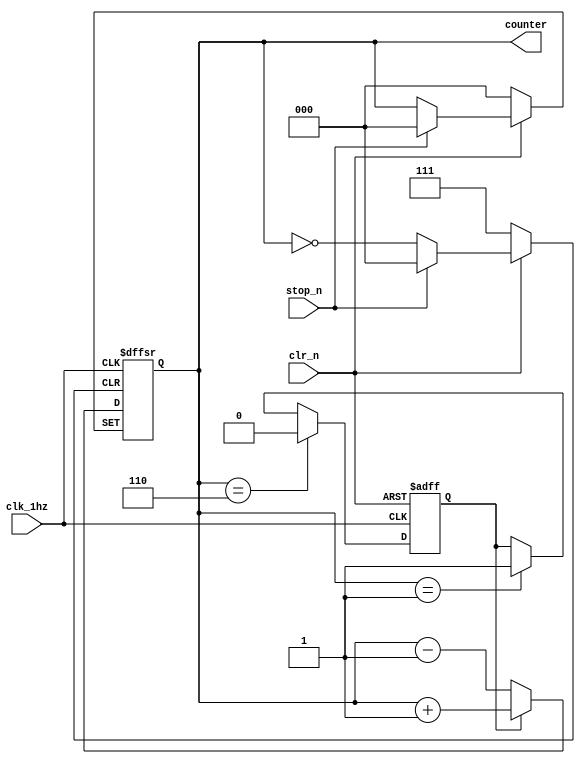
module  counter_auto(
    input clr_n ,
    input stop_n ,
	input clk_1hz,
    output reg [2:0] counter 
);
reg flag ; 

always @(posedge clk_1hz or negedge clr_n) begin
    if(clr_n == 1'b0)
        flag <= 1'b1;
    else if(counter == 'd6)//notation blocking 
        flag <= 1'b0;
    else if(counter == 'd1)
        flag <= 1'b1;//61
end

//counter
always  @(posedge clk_1hz or negedge clr_n or negedge stop_n) begin
        if(clr_n == 1'b0)
            counter <= 3'b000;
        else if(stop_n == 1'b0) 
           counter <= counter;
        else if(flag == 1'b1) 
           counter <= counter + 1'b1;
        else if(flag == 1'b0)
           counter <= counter - 1'b1; 
end
endmodule